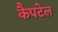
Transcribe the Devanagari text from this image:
कैपटेल